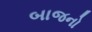
બાજનો